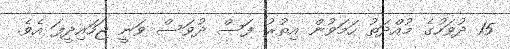
15 ދުވަހުގެ މުއްދަތު ހަމަވުން އިތުރު ފަސް ދުވަސް ވަނީ ޖަހައިދީފަ އެވެ.